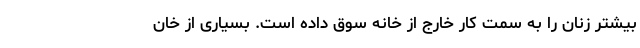
بیشتر زنان را به سمت کار خارج از خانه سوق داده است. بسیاری از خان